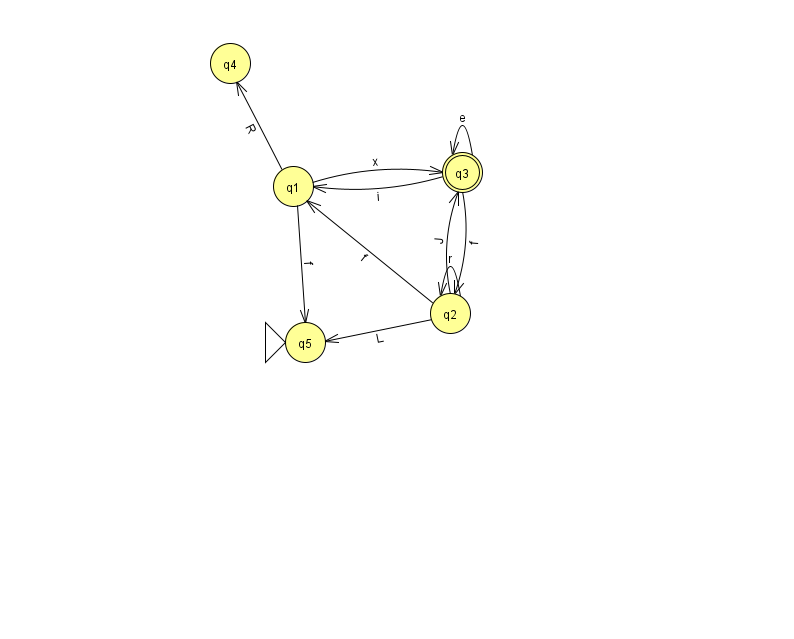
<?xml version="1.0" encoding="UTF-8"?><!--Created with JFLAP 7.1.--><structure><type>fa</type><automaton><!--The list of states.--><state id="0" name="q0"><x>928.0</x><y>269.0</y></state><state id="1" name="q1"><x>293.0</x><y>173.0</y></state><state id="2" name="q2"><x>450.0</x><y>300.0</y></state><state id="3" name="q3"><x>462.0</x><y>159.0</y><final/></state><state id="4" name="q4"><x>230.0</x><y>50.0</y></state><state id="5" name="q5"><x>305.0</x><y>329.0</y><initial/></state><!--The list of transitions.--><transition><from>1</from><to>5</to><read>f</read></transition><transition><from>2</from><to>2</to><read>r</read></transition><transition><from>2</from><to>5</to><read>L</read></transition><transition><from>3</from><to>2</to><read>f</read></transition><transition><from>1</from><to>3</to><read>x</read></transition><transition><from>0</from><to>0</to><read>u</read></transition><transition><from>3</from><to>1</to><read>i</read></transition><transition><from>3</from><to>3</to><read>e</read></transition><transition><from>1</from><to>4</to><read>R</read></transition><transition><from>2</from><to>1</to><read>f</read></transition><transition><from>2</from><to>3</to><read>J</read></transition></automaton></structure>